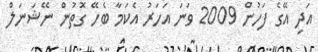
އަދި އޭގެ ފަހުން 2009 ވަނަ އަހަރު އެކަމާ ބެހޭ ގޮތުން ނޭޝަނަލް